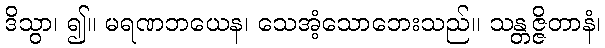
ဒိသွာ၊ ၍။ မရဏဘယေန၊ သေအံ့သောဘေးသည်။ သန္တဇ္ဇိတာနံ၊